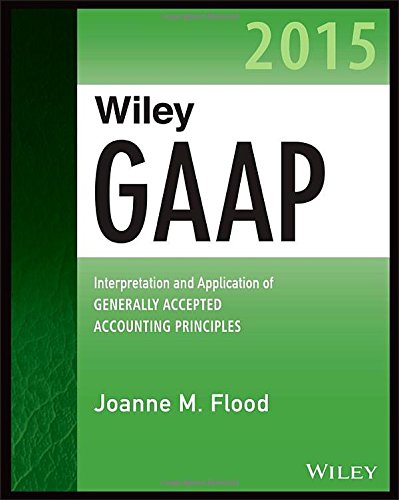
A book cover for Wiley GAAP 2015: Interpretation and Application of Generally Accepted Accounting Principles 2015 (Wiley Regulatory Reporting); Joanne M. Flood; Test Preparation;